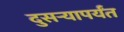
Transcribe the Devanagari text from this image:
दुसऱ्यापर्यंत